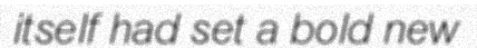
itself had set a bold new